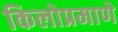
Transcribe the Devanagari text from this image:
किलोप्रमाणे